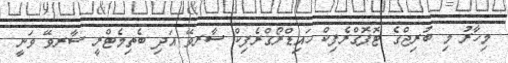
މިހާރު މި ބުރިޖްގެ ޓޮޕޮގްރެފިކް ހައިޑްރޯގްރެފިކް ސާރވޭ އަދި ބެތިމެޓްރީ ސާރވޭ ވަނީ